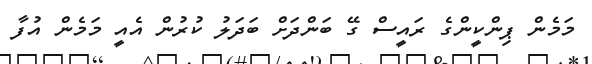
މަމެން ޕިންކީންގެ ރައީސް ގޭ ބަންދަށް ބަދަލު ކުރުން އެއީ މަމެން އުފާ